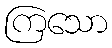
ကြသော